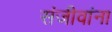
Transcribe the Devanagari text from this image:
संजीवांना